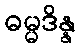
ဓမ္မဒိန္န